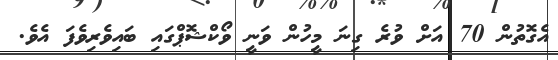
އެގޮތުން 70 އަށް ވުރެ ގިނަ މީހުން ވަނީ ވޯކްޝޮޕްގައި ބައިވެރިވެފަ އެވެ.